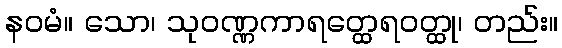
နဝမံ။ သော၊ သုဝဏ္ဏကာရတ္ထေရဝတ္ထု၊ တည်း။